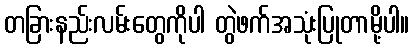
တခြားနည်းလမ်းတွေကိုပါ တွဲဖက်အသုံးပြုတာမို့ပါ။